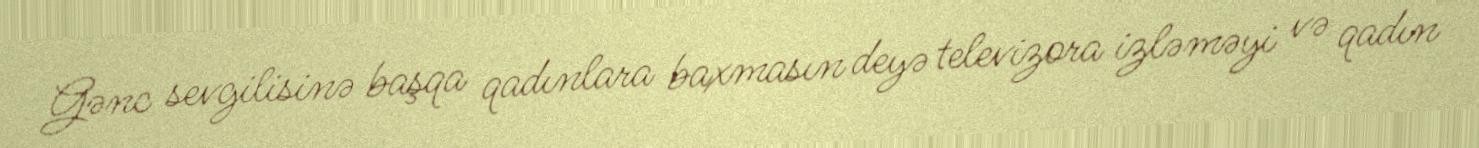
Gənc sevgilisinə başqa qadınlara baxmasın deyə televizora izləməyi və qadın